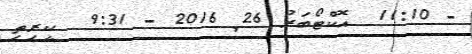
- 11:10  އޮކްޓޯބަރު 26